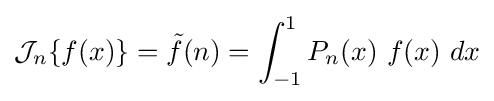
{\mathcal {J}}_{n}\{f(x)\}={\tilde {f}}(n)=\int _{-1}^{1}P_{n}(x)\ f(x)\ dx